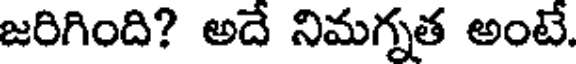
జరిగింది? అదే నిమగ్నత అంటే.